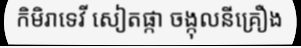
កិមិរាទេវី សៀតផ្កា ចង្កុលនីគ្រឿង